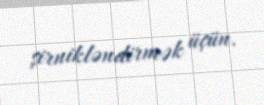
şirnikləndirmək üçün.